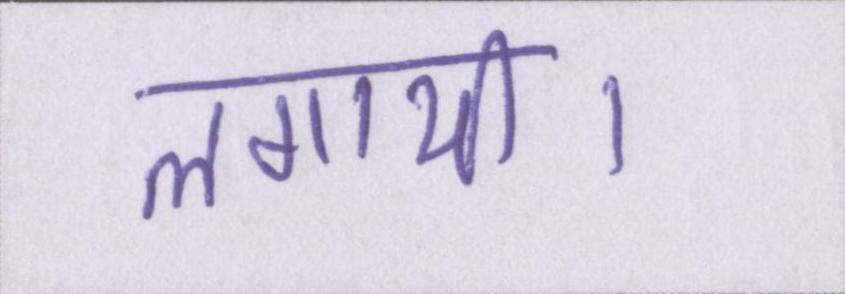
लगायी।